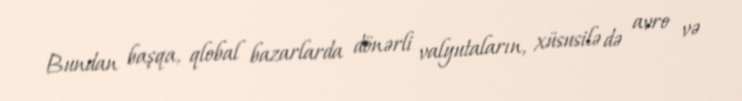
Bundan başqa, qlobal bazarlarda dönərli valyutaların, xüsusilə də avro və